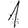
Digit: 1